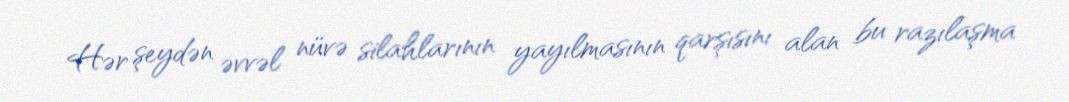
Hər şeydən əvvəl nüvə silahlarının yayılmasının qarşısını alan bu razılaşma